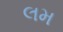
લમ